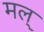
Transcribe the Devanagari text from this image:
मल्